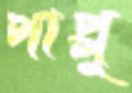
পাপ্পু